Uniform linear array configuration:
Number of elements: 8
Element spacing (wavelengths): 0.25
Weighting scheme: uniform
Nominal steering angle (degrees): -15
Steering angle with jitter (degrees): -14.322
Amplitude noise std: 0.05
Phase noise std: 0.05

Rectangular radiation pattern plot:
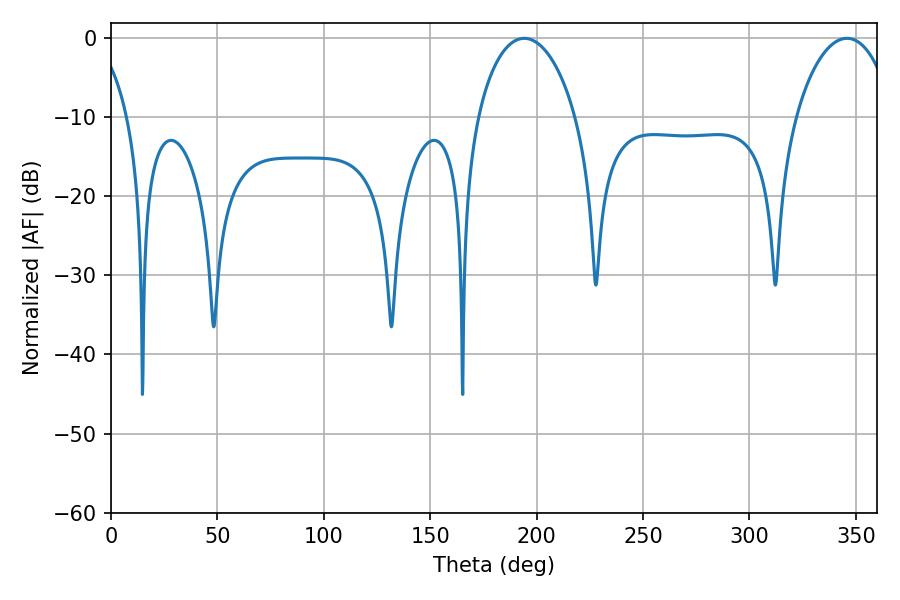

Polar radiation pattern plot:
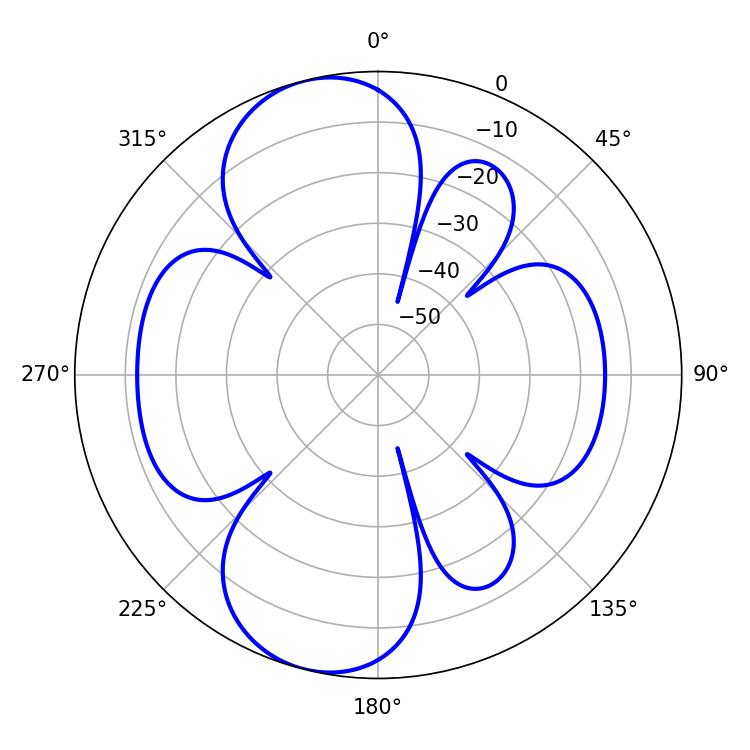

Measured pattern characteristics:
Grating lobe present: FALSE
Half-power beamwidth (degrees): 26.46
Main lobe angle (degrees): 194.22